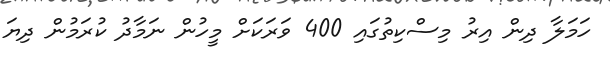
ހަމަލާ ދިން އިރު މިސްކިތުގައި 400 ވަަރަކަށް މީހުން ނަމާދު ކުރަމުން ދިޔަ